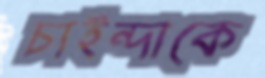
চাইন্দাকে